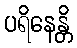
ပရိနေန္တိ